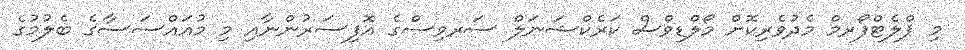
މި ޕްލެޓްފޯރމް މެދުވެރިކޮށް މޯލްޑިވްސް ކަރެކްޝަނަލް ސަރވިސްގެ އޮފިސަރުންނާއި މި މުއައްސަސާގެ ބެލުމުގެ